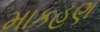
માકહણ